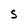
Character: S